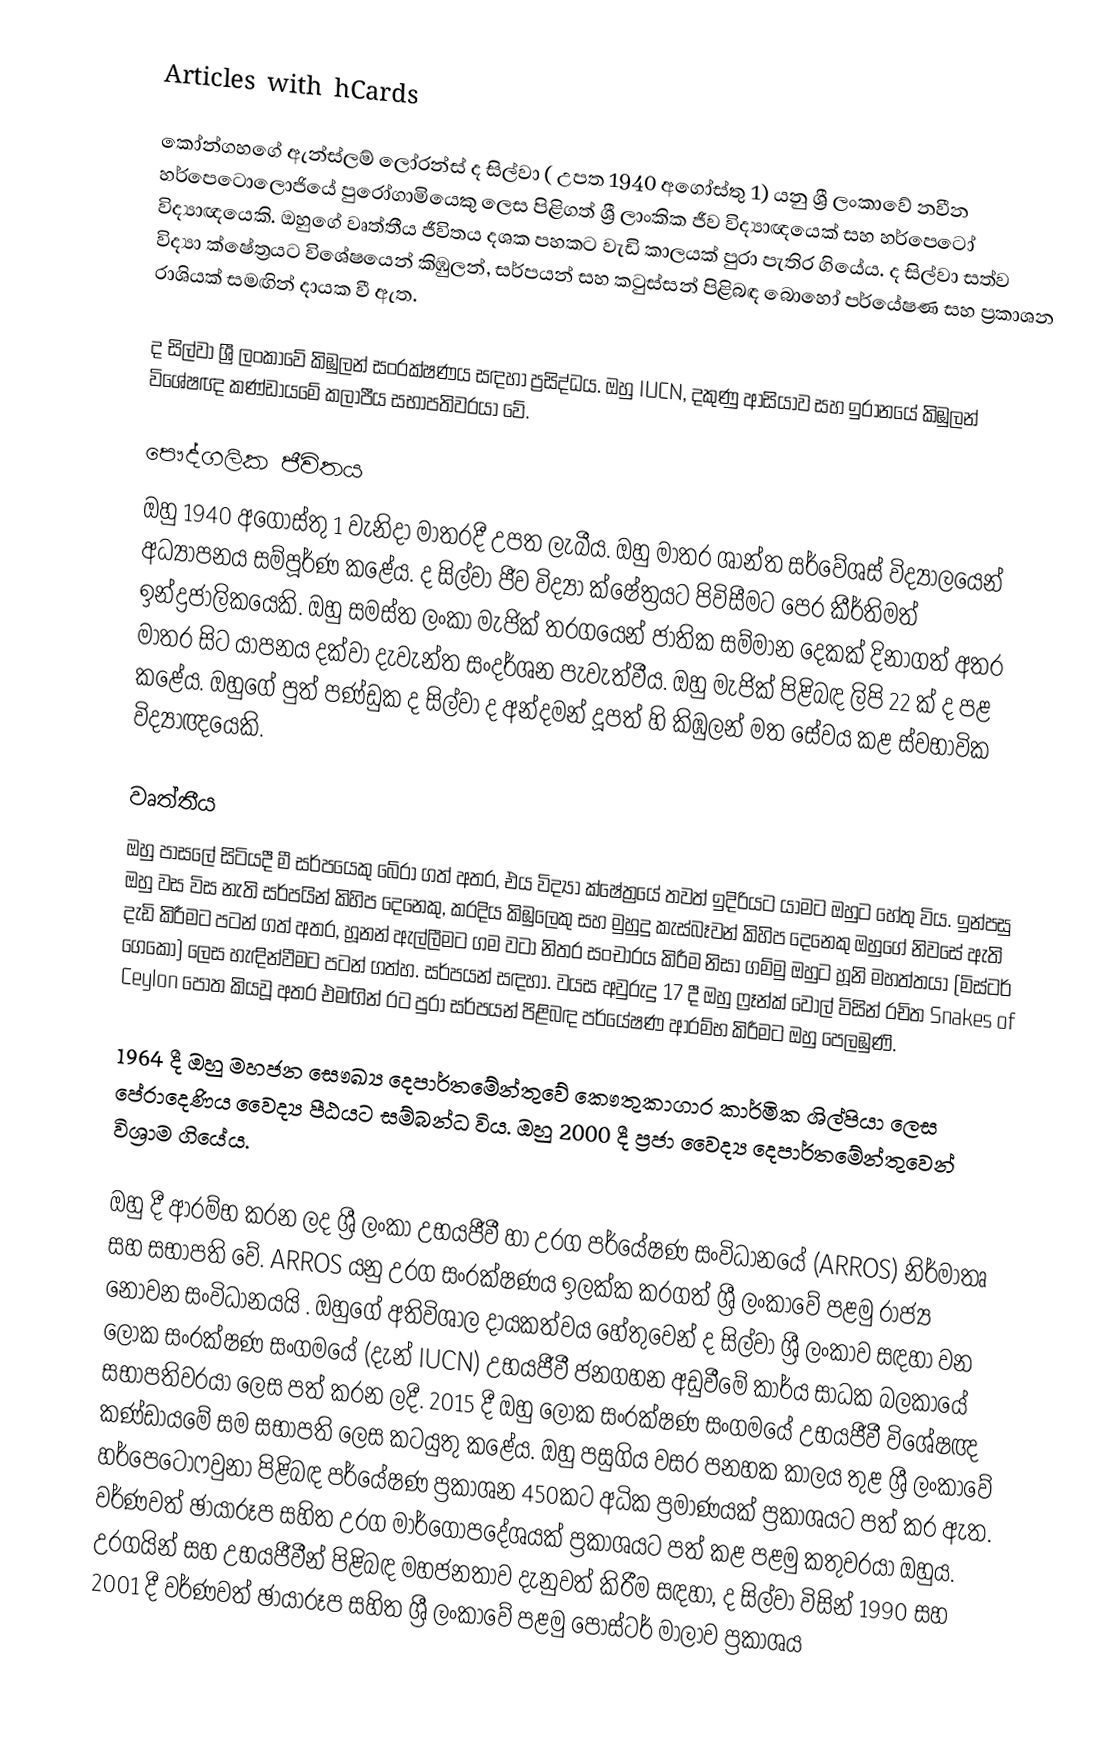
Articles with hCards

කෝන්ගහගේ ඇන්ස්ලම් ලෝරන්ස් ද සිල්වා ( උපත 1940 අගෝස්තු 1) යනු ශ්‍රී ලංකාවේ නවීන හර්පෙටොලොජියේ පුරෝගාමියෙකු ලෙස පිළිගත් ශ්‍රී ලාංකික ජීව විද්‍යාඥයෙක් සහ හර්පෙටෝ විද්‍යාඥයෙකි. ඔහුගේ වෘත්තීය ජීවිතය දශක පහකට වැඩි කාලයක් පුරා පැතිර ගියේය. ද සිල්වා සත්ව විද්‍යා ක්ෂේත්‍රයට විශේෂයෙන් කිඹුලන්, සර්පයන් සහ කටුස්සන් පිළිබඳ බොහෝ පර්යේෂණ සහ ප්‍රකාශන රාශියක් සමඟින් දායක වී ඇත.

ද සිල්වා ශ්‍රී ලංකාවේ කිඹුලන් සංරක්ෂණය සඳහා ප්‍රසිද්ධය. ඔහු IUCN, දකුණු ආසියාව සහ ඉරානයේ කිඹුලන් විශේෂඥ කණ්ඩායමේ කලාපීය සභාපතිවරයා වේ.

පෞද්ගලික ජීවිතය
ඔහු 1940 අගෝස්තු 1 වැනිදා මාතරදී උපත ලැබීය. ඔහු මාතර ශාන්ත සර්වේශස් විද්‍යාලයෙන් අධ්‍යාපනය සම්පූර්ණ කළේය. ද සිල්වා ජීව විද්‍යා ක්ෂේත්‍රයට පිවිසීමට පෙර කීර්තිමත් ඉන්ද්‍රජාලිකයෙකි. ඔහු සමස්ත ලංකා මැජික් තරගයෙන් ජාතික සම්මාන දෙකක් දිනාගත් අතර මාතර සිට යාපනය දක්වා දැවැන්ත සංදර්ශන පැවැත්වීය. ඔහු මැජික් පිළිබඳ ලිපි 22 ක් ද පළ කළේය. ඔහුගේ පුත් පණ්ඩුක ද සිල්වා ද අන්දමන් දූපත් හි කිඹුලන් මත සේවය කළ ස්වභාවික විද්‍යාඥයෙකි.

වෘත්තීය
ඔහු පාසලේ සිටියදී මී සර්පයෙකු බේරා ගත් අතර, එය විද්‍යා ක්ෂේත්‍රයේ තවත් ඉදිරියට යාමට ඔහුට හේතු විය. ඉන්පසු ඔහු වස විස නැති සර්පයින් කිහිප දෙනෙකු, කරදිය කිඹුලෙකු සහ මුහුදු කැස්බෑවන් කිහිප දෙනෙකු ඔහුගේ නිවසේ ඇති දැඩි කිරීමට පටන් ගත් අතර, හූනන් ඇල්ලීමට ගම වටා නිතර සංචාරය කිරීම නිසා ගම්මු ඔහුට හූනි මහත්තයා (මිස්ටර් ගෙකෝ) ලෙස හැඳින්වීමට පටන් ගත්හ. සර්පයන් සඳහා. වයස අවුරුදු 17 දී ඔහු ෆ්‍රෑන්ක් වෝල් විසින් රචිත Snakes of Ceylon පොත කියවූ අතර එමඟින් රට පුරා සර්පයන් පිළිබඳ පර්යේෂණ ආරම්භ කිරීමට ඔහු පෙලඹුණි.

1964 දී ඔහු මහජන සෞඛ්‍ය දෙපාර්තමේන්තුවේ කෞතුකාගාර කාර්මික ශිල්පියා ලෙස පේරාදෙණිය වෛද්‍ය පීඨයට සම්බන්ධ විය. ඔහු 2000 දී ප්‍රජා වෛද්‍ය දෙපාර්තමේන්තුවෙන් විශ්‍රාම ගියේය.

ඔහු  දී ආරම්භ කරන ලද ශ්‍රී ලංකා උභයජීවී හා උරග පර්යේෂණ සංවිධානයේ (ARROS) නිර්මාතෘ සහ සභාපති වේ. ARROS යනු උරග සංරක්ෂණය ඉලක්ක කරගත් ශ්‍රී ලංකාවේ පළමු රාජ්‍ය නොවන සංවිධානයයි . ඔහුගේ අතිවිශාල දායකත්වය හේතුවෙන් ද සිල්වා ශ්‍රී ලංකාව සඳහා වන ලෝක සංරක්ෂණ සංගමයේ (දැන් IUCN) උභයජීවී ජනගහන අඩුවීමේ කාර්ය සාධක බලකායේ සභාපතිවරයා ලෙස පත් කරන ලදී. 2015 දී ඔහු ලෝක සංරක්ෂණ සංගමයේ උභයජීවී විශේෂඥ කණ්ඩායමේ සම සභාපති ලෙස කටයුතු කළේය. ඔහු පසුගිය වසර පනහක කාලය තුළ ශ්‍රී ලංකාවේ හර්පෙටෝෆවුනා පිළිබඳ පර්යේෂණ ප්‍රකාශන 450කට අධික ප්‍රමාණයක් ප්‍රකාශයට පත් කර ඇත. වර්ණවත් ඡායාරූප සහිත උරග මාර්ගෝපදේශයක් ප්‍රකාශයට පත් කළ පළමු කතුවරයා ඔහුය. උරගයින් සහ උභයජීවීන් පිළිබඳ මහජනතාව දැනුවත් කිරීම සඳහා, ද සිල්වා විසින් 1990 සහ 2001 දී වර්ණවත් ඡායාරූප සහිත ශ්‍රී ලංකාවේ පළමු පෝස්ටර් මාලාව ප්‍රකාශය